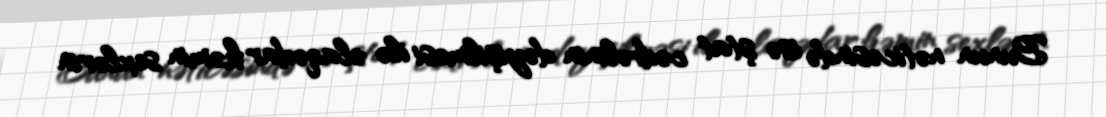
Bunun nəticəsində isə ştat cədvəlinin dəyişilməsi ilə əlaqədar həmin sexlərin